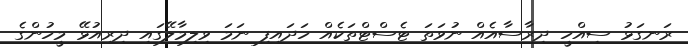
ރަނގަޅު ސިއްހީ ދިރާސާއެއް ނުވަތަ ޓެސްޓްތަކެއް ހަދައިފި ނަމަ ވިލިމާލޭގައި ދިރިއުޅޭ މީހުންގެ